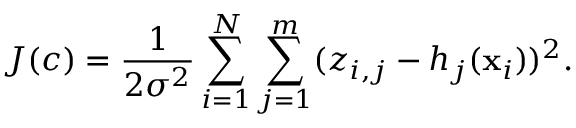
J ( c ) = \frac { 1 } { 2 \sigma ^ { 2 } } \sum _ { i = 1 } ^ { N } \sum _ { j = 1 } ^ { m } ( z _ { i , j } - h _ { j } ( \mathbf { x } _ { i } ) ) ^ { 2 } .